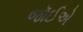
જૉઈએ